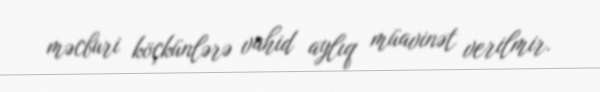
məcburi köçkünlərə vahid aylıq müavinət verilmir.